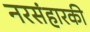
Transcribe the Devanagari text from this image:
नरसंहारकी